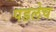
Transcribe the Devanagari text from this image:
पडलेच